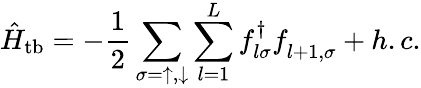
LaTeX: \hat{H}_{\mathrm{tb}}=-\frac{1}{2}\sum_{\sigma=\uparrow,\downarrow}\sum_{l=1}^{L}f_{l\sigma}^{\dagger}f_{l+1,\sigma}^{\phantom{\dagger}}+h.c.